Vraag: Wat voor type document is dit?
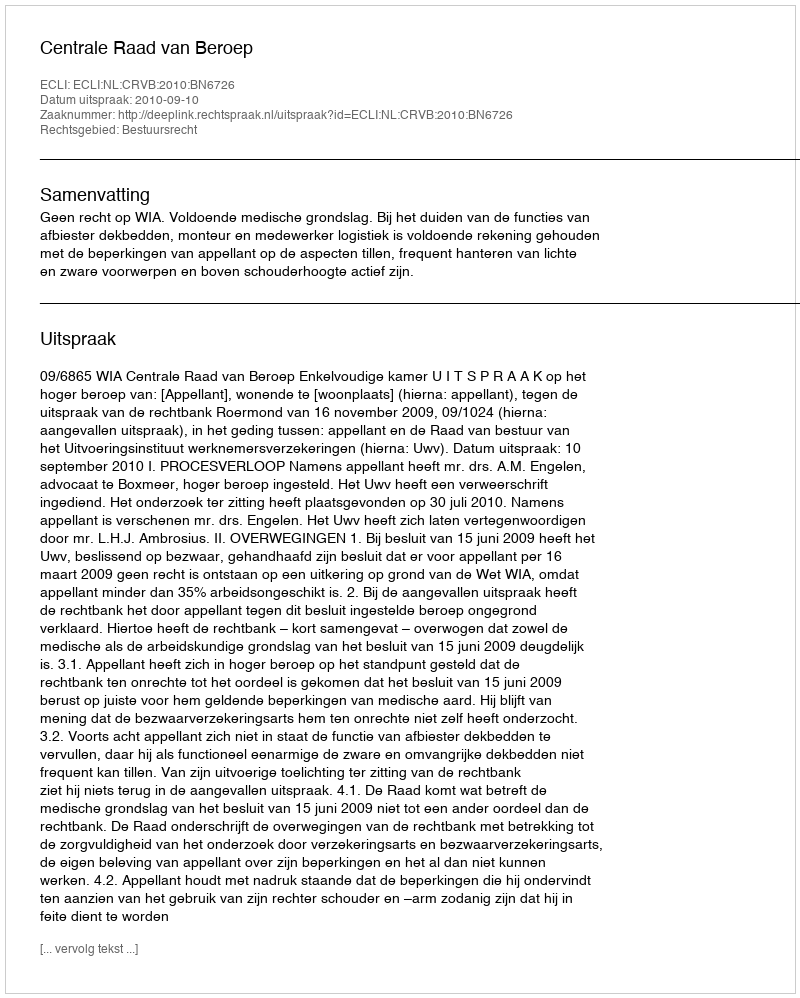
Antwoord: Uitspraak